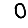
Digit: 0